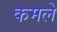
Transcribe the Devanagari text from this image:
कमले